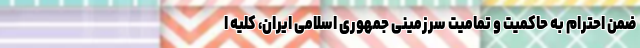
ضمن احترام به حاکمیت و تمامیت سرزمینی جمهوری اسلامی ایران، کلیه ا